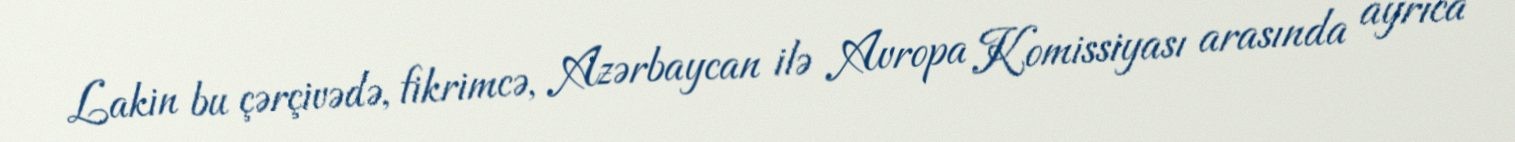
Lakin bu çərçivədə, fikrimcə, Azərbaycan ilə Avropa Komissiyası arasında ayrıca